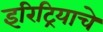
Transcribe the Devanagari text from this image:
इरिट्रियाचे